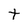
Character: t